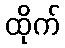
ထိုက်